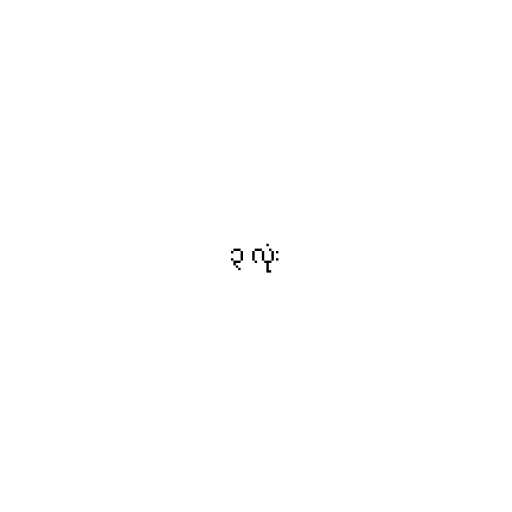
၃ လုံး